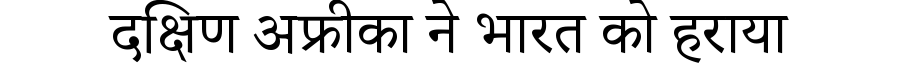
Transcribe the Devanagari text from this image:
दक्षिण अफ्रीका ने भारत को हराया